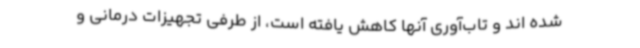
شده اند و تاب‌آوری آنها کاهش یافته است، از طرفی تجهیزات درمانی و